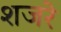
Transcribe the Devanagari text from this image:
शजरे